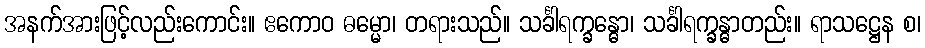
အနက်အားဖြင့်လည်းကောင်း။ ဧကောဝ ဓမ္မော၊ တရားသည်။ သင်္ခါရက္ခန္ဓော၊ သင်္ခါရက္ခန္ဓာတည်း။ ရာသဋ္ဌေန စ၊